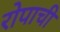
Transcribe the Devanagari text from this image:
रोपाची